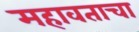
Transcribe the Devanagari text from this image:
महावताचा